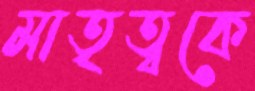
মাতৃত্বকে